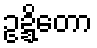
ဥဍ္ဍိတော